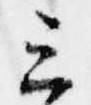
三